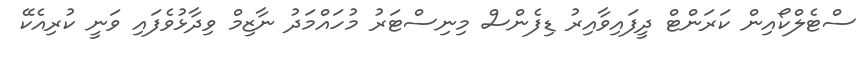
ސްޓެލްކޯއިން ކަރަންޓް ދީފައިވާއިރު ޑިފެންސް މިނިސްޓަރު މުހައްމަދު ނާޒިމް ވިދާޅުވެފައި ވަނީ ކުރިއެކޭ